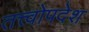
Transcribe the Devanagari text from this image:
तत्त्वोपदेश